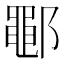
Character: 鄳